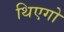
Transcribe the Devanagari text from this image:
थिएगो